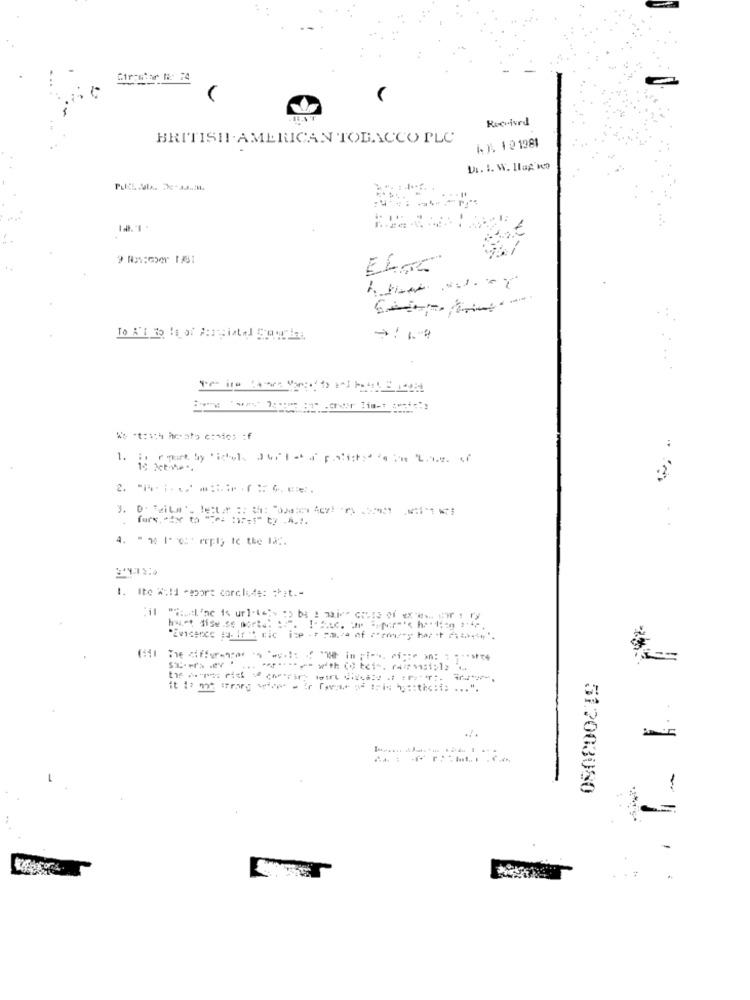
Received
BRITISH . AMERICAN TOBACCO PLC
1 ). 12 1981
-
2. ........:::. ( =-==.
. Ite Wild -mort corclide: chit .-
51.2003080
-=